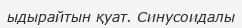
ыдырайтын қуат. Синусоидалы